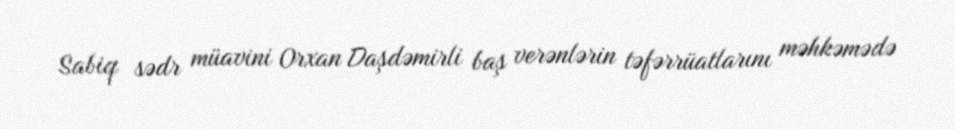
Sabiq sədr müavini Orxan Daşdəmirli baş verənlərin təfərrüatlarını məhkəmədə